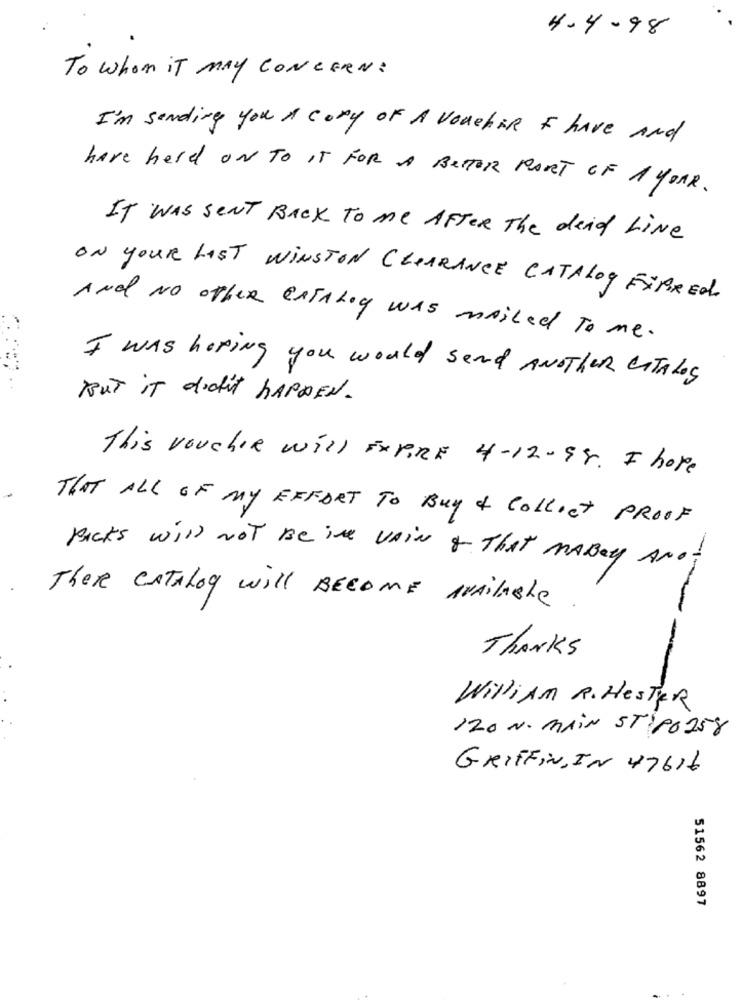
4-4- 98
To whom IT MAY CONCERN :
I'm sending you A copy OF A Voucher I have And
have held ON TO IT FOR A BETTER PART OF 1 YOUR.
IT WAS SENT BACK To me AFTER The deid LiNe
ON YOUR LAST WINSTON CLEARANCE CATALog FÄRREd.
And NO OTHER CATALOG WAS mailed To me.
I WAS hoping you would send ANDTheR CITALes
BUT it didn't HAPPEN.
This voucher will EXPIRE 4-12-98. I hope
THAT ALL OF MY EFFORT To Buy & Collect PROOF
Backs will not Be ine VAIN of That MABey AND;
TheRe CATALog will BECOME NAilache.
THANKS
WiliAM R. HESTER
120 N. MAIN ST PO258
GRIFFIN, IN 47616
51562 8897